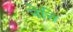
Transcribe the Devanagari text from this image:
नेत्ति